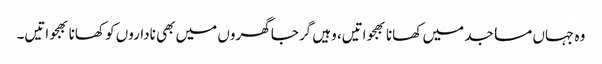
وہ جہاں مساجد میں کھانا بھجواتیں، وہیں گرجا گھروں میں بھی ناداروں کو کھانا بھجواتیں۔